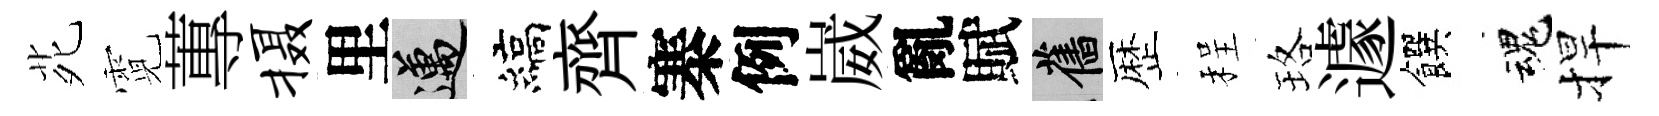
𫟍霓蓴摄里邁縞齊寨例崴亂賦舊歴程珞遽饌魂捍